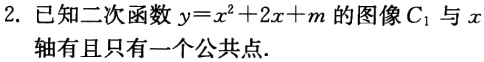
2. 已知二次函数\(y = x^{2}+2x + m\)的图像\(C_{1}\)与\(x\)轴有且只有一个公共点.